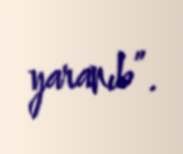
yaranıb”.